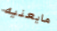
مايعنيه